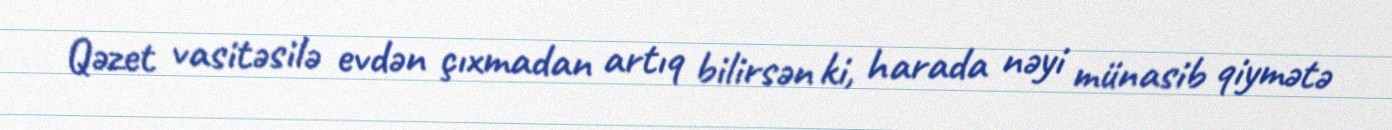
Qəzet vasitəsilə evdən çıxmadan artıq bilirsən ki, harada nəyi münasib qiymətə